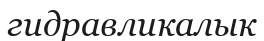
гидравликалык